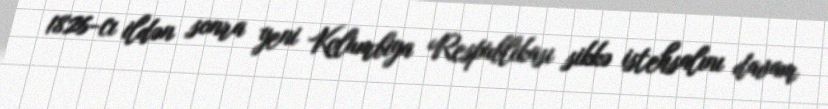
1826-cı ildən sonra yeni Kolumbiya Respublikası sikkə istehsalını davam